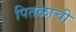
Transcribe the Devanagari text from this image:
पितळाची